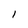
Character: I